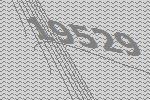
19529